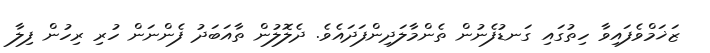
ޒަޚަމްވެފައިވާ ހިތުގައި ގަނޑުފެނުން ތެންމާލަދިންފަދައެވެ. ދެލޮލުން ތާއަބަދު ފެންނަން ހުރި ރިހުން ފިލާ